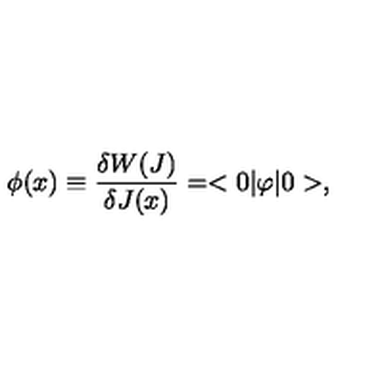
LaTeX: \phi ( x ) \equiv { \frac { \delta W ( J ) } { \delta J ( x ) } } = < 0 | \varphi | 0 > ,